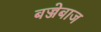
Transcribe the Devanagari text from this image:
बज्जेबाज